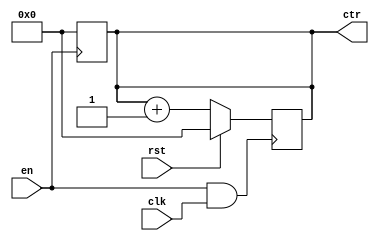
`timescale 1ps/1ps

module counter_Nbit #(parameter WIDTH = 8)
	(   input wire en,
		input wire rst,
		input wire clk,
		output wire [WIDTH-1:0] ctr
	);
	
	reg [WIDTH-1:0] state;

	assign ctr = state;
    always @(posedge en) state=0;
    
	always @(posedge en & clk)
	 	begin
	   		if (rst)
		    	state = 0;
			else
		    	state = state + 1;
		end

endmodule